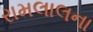
રામલાલના